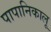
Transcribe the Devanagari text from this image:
पापानिकालू